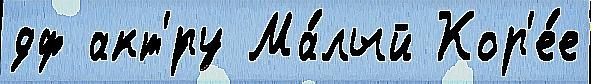
дф акт'́ру Ма́лый Кор'е́е